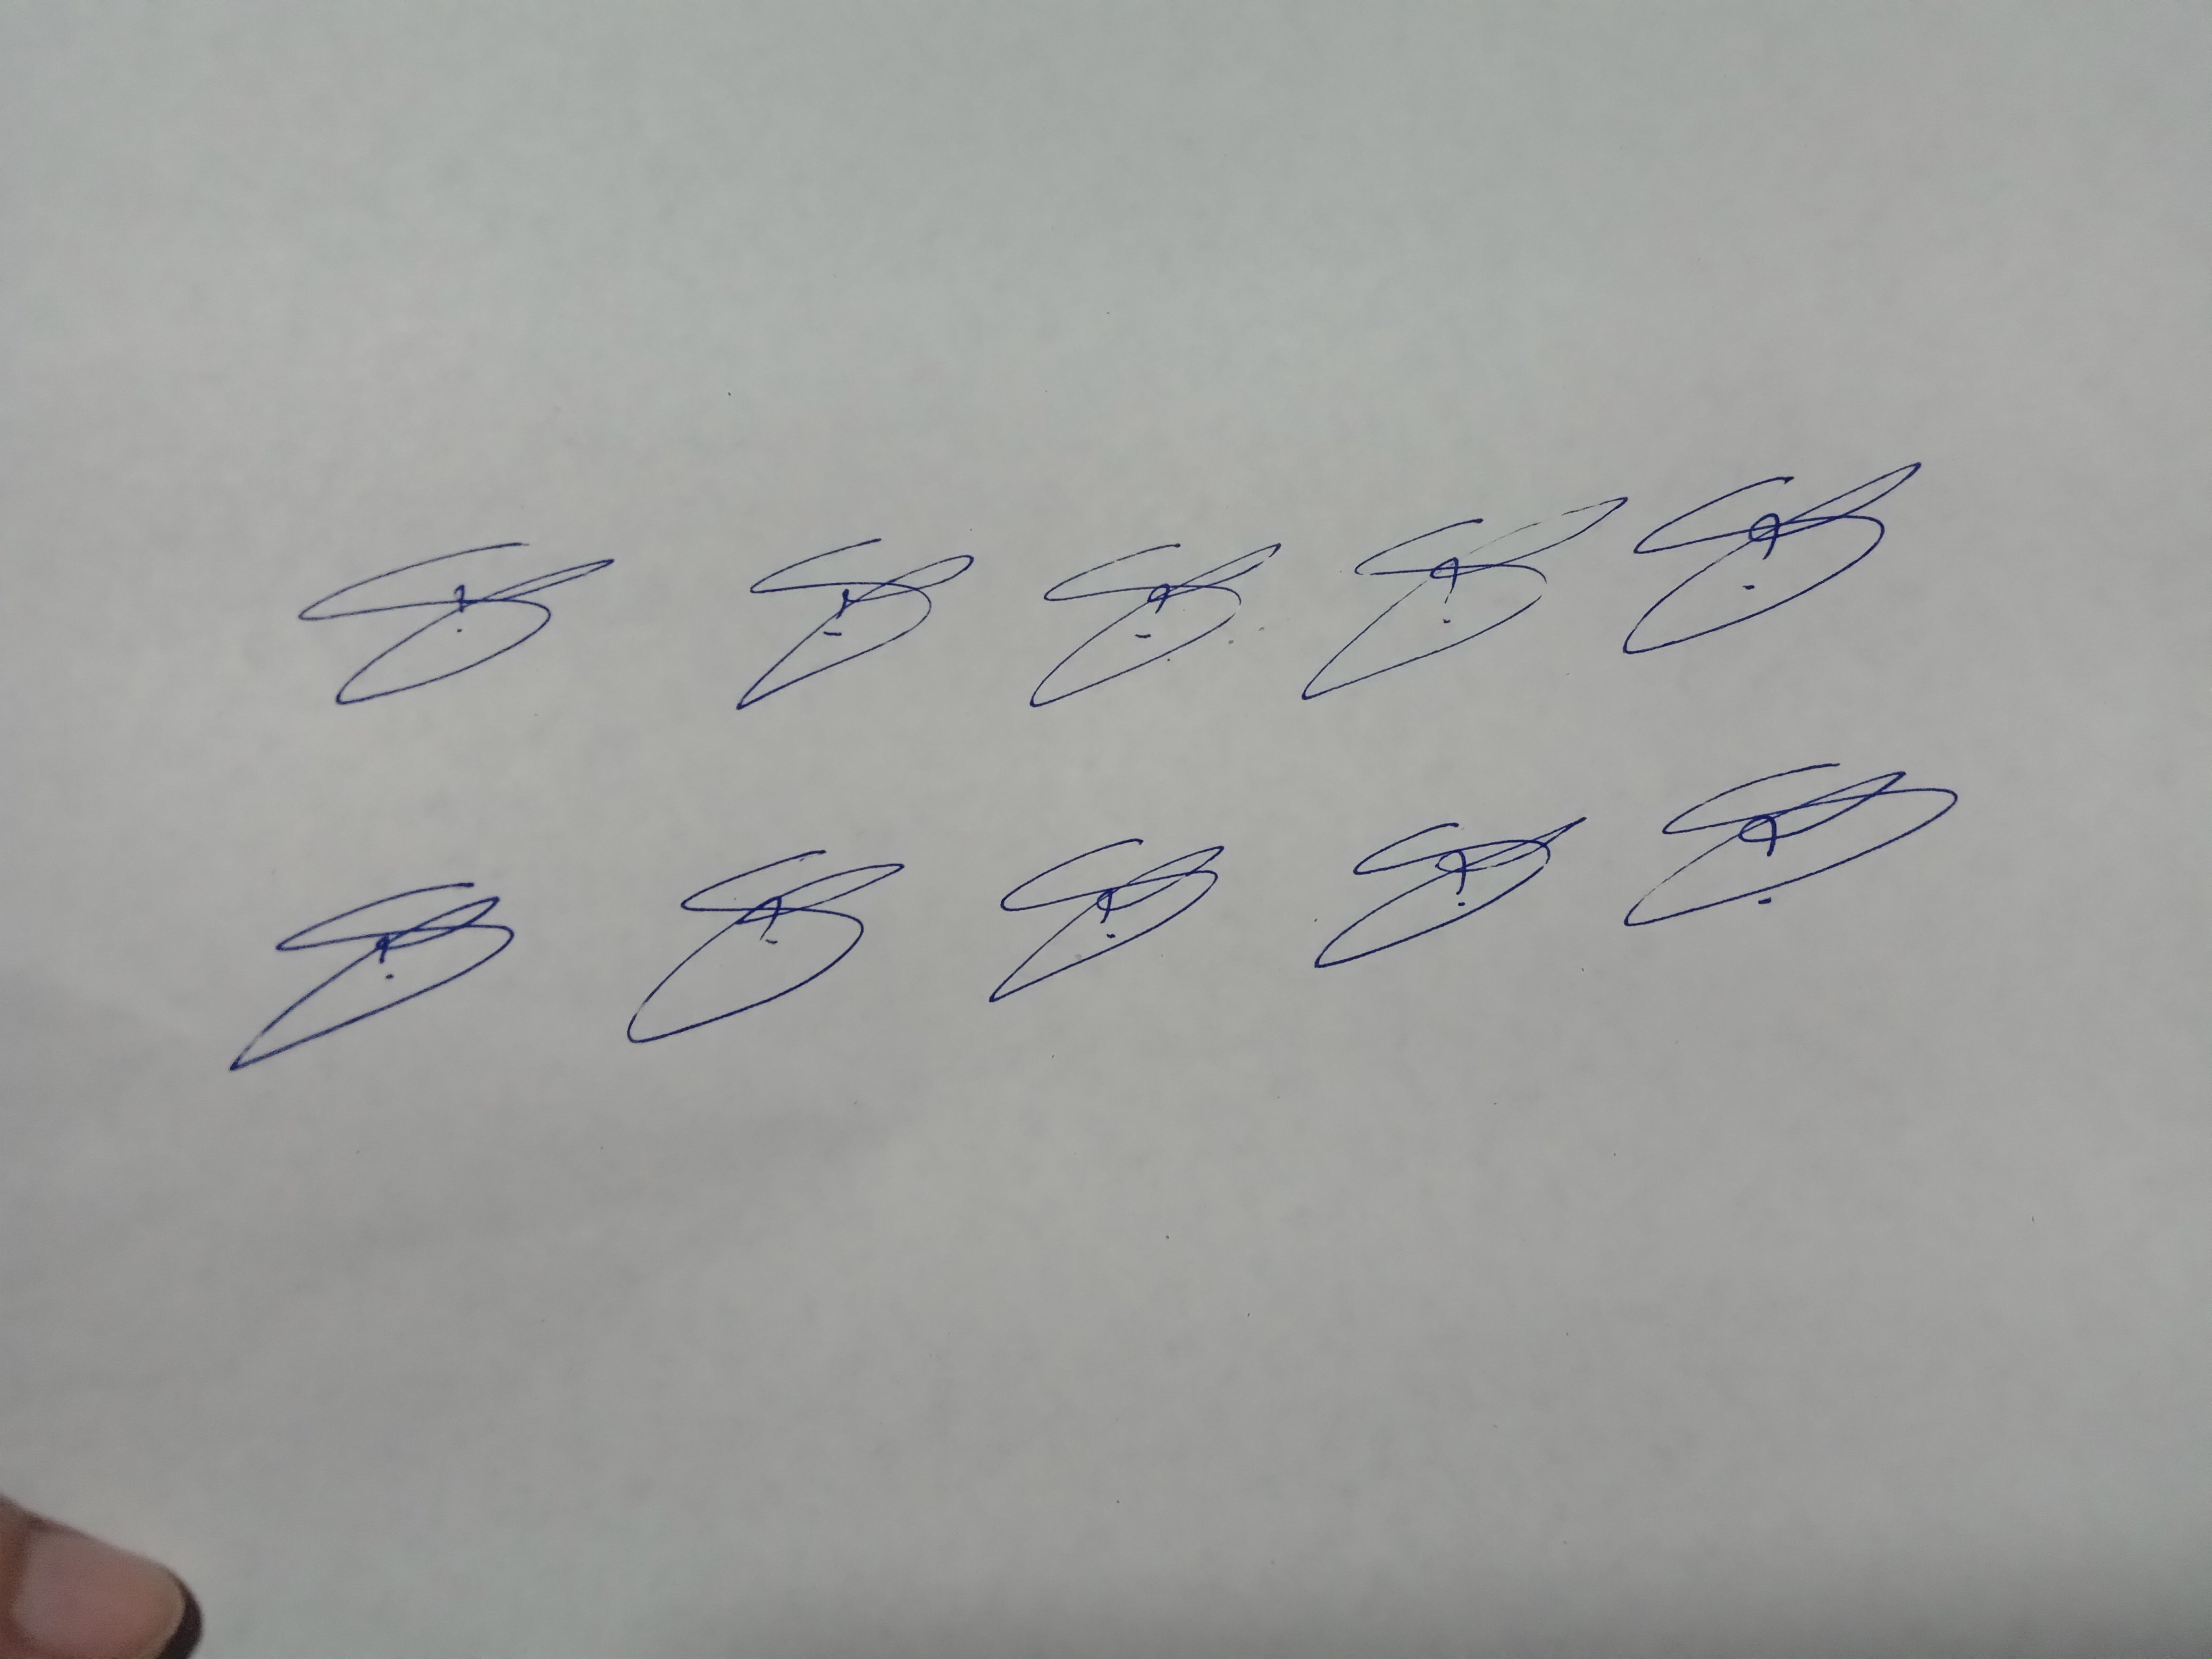
Signature authenticity: genuine